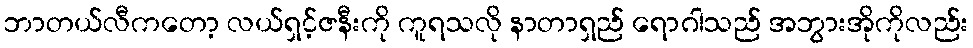
ဘာတယ်လီကတော့ လယ်ရှင့်ဇနီးကို ကူရသလို နာတာရှည် ရောဂါသည် အဘွားအိုကိုလည်း